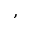
,